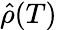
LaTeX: \hat{\rho}(T)